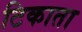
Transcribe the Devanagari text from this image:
टिकाता